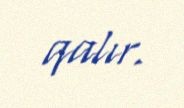
qalır.